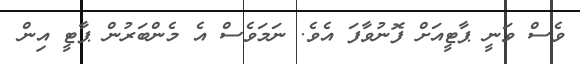
ވެސް ވަނީ ޕާޓީއަށް ފޮނުވާފަ އެވެ. ނަމަވެސް އެ މެންބަރުން ޕާޓީ އިން